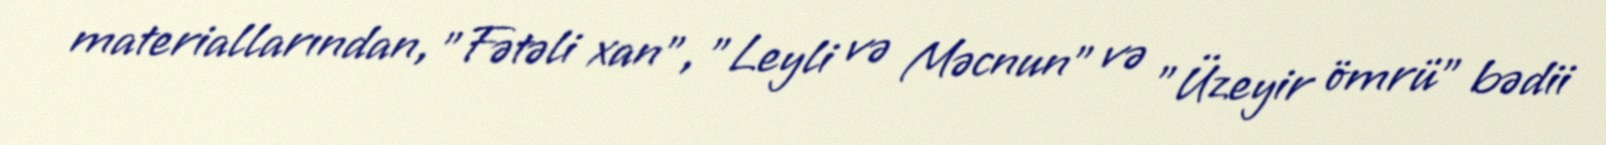
materiallarından, "Fətəli xan", "Leyli və Məcnun" və "Üzeyir ömrü" bədii